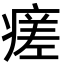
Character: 瘥